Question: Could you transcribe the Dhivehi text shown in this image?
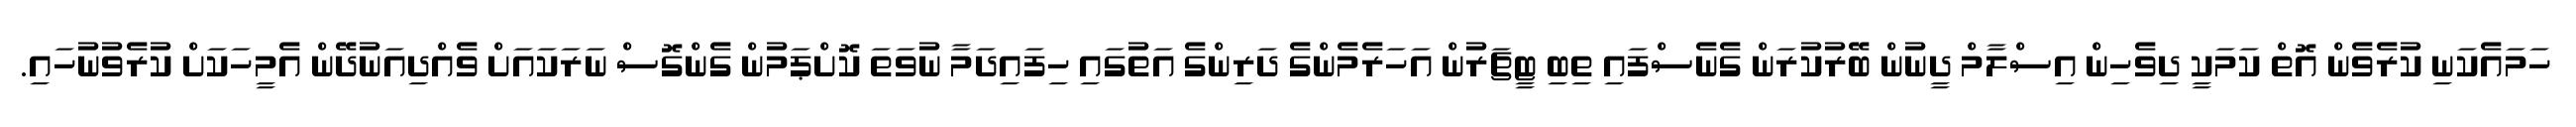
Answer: ހަމައެކަނި ކުރެވެން އޮތް ކަމަކީ ދިވެހިން އިސްލާމް ދީނުން ބޭރުކުރަން ގެނެސްފައި ތިބި ޓީޗަރުން އަހަރެމެންގެ ދަރިންގެ އަތުގައި ހިފައިދަމާ ނުވަތަ ކޮށްޕަމުން ގެންގޮސް ނަރަކައަށް ވެއްދިއަނުދޭން އެމީހަކަށް ކުރެވުނުހައި.